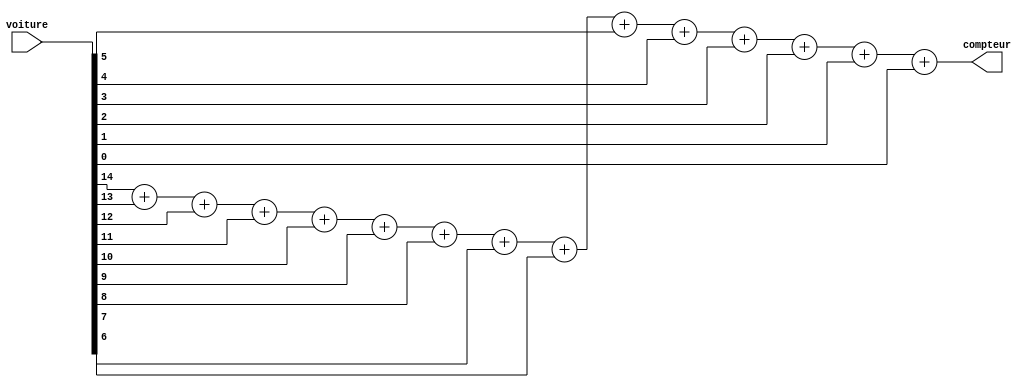
module parking (
input [14:0] voiture , 
output  reg [3:0] compteur 
);

 always @(voiture)
 
      compteur=voiture[14]+voiture[13]+voiture[12]+voiture[11]+voiture[10]+voiture[9]+voiture[8]+voiture[7]+
       voiture[6]+voiture[5]+voiture[4]+voiture[3]+voiture[2]+voiture[1]+voiture[0]; 
endmodule